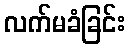
လက်မခံခြင်း